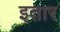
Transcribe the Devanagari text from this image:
इतार